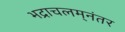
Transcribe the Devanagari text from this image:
भद्राचलम्‌नंतर